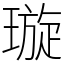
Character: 璇